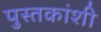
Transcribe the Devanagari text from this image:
पुस्तकांशी